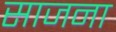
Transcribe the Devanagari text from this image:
साजना